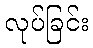
လုပ်ခြင်း